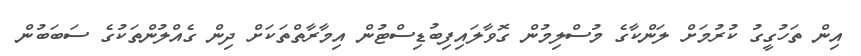
އިން ތަހުގީގު ކުރުމަށް ލަންކާގެ މުސްލިމުން ގޮވާލައިފިބުޑިސްޓުން އިމާރާތްތަކަށް ދިން ގެއްލުންތަކުގެ ސަބަބުން